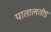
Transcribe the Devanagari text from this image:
पातालतोड़